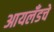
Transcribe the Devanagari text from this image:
आयलँडचे